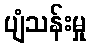
ပျံသန်းမှု